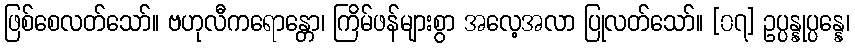
ဖြစ်စေလတ်သော်။ ဗဟုလီကရောန္တော၊ ကြိမ်ဖန်များစွာ အလေ့အလာ ပြုလတ်သော်။ [၀၇] ဥပ္ပန္နုပ္ပန္နေ၊